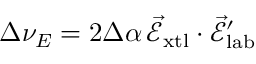
\Delta \nu _ { E } = 2 \Delta \alpha \, \vec { \mathcal { E } } _ { \mathrm { x t l } } \cdot \vec { \mathcal { E } } _ { \mathrm { l a b } } ^ { \prime }